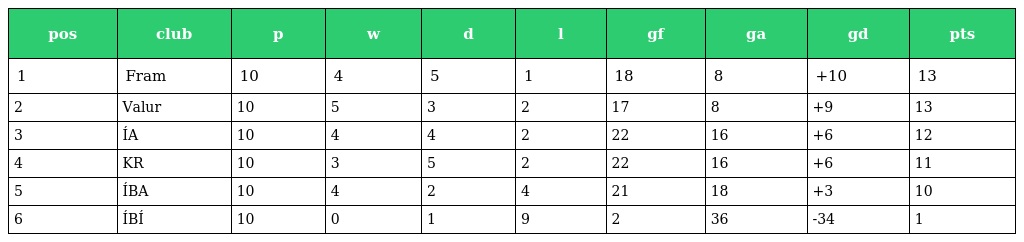
| pos | club | p | w | d | l | gf | ga | gd | pts |
 | --- | --- | --- | --- | --- | --- | --- | --- | --- | --- |
 | 1 | Fram | 10 | 4 | 5 | 1 | 18 | 8 | +10 | 13 |
 | 2 | Valur | 10 | 5 | 3 | 2 | 17 | 8 | +9 | 13 |
 | 3 | ÍA | 10 | 4 | 4 | 2 | 22 | 16 | +6 | 12 |
 | 4 | KR | 10 | 3 | 5 | 2 | 22 | 16 | +6 | 11 |
 | 5 | ÍBA | 10 | 4 | 2 | 4 | 21 | 18 | +3 | 10 |
 | 6 | ÍBÍ | 10 | 0 | 1 | 9 | 2 | 36 | -34 | 1 |